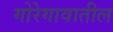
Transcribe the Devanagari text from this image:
गोरेगावातील